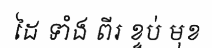
ដៃ ទាំង ពីរ ខ្ទប់ មុខ